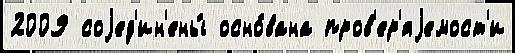
2009 соjед'ин'ены́ осно́вана пров'ер'яjемост'и